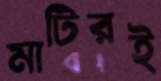
মাটিরই